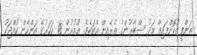
ތަންފީޒުކޮށްފައިވާ މަދު ސްޓާރުންގެ ތެރެއިން އެކަކެވެ. އުމުރުން 18 އަހަރުގެ އަންހެން ކުއްޖަކު